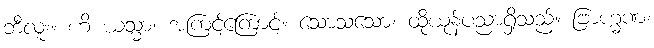
ဘီလူး။ ဟိ ယသ္မာ၊ အကြင့်ကြောင့်။ သောသသော၊ ထိုယုန်ပညာရှိသည်။ ဗြာဟ္မဏံ၊